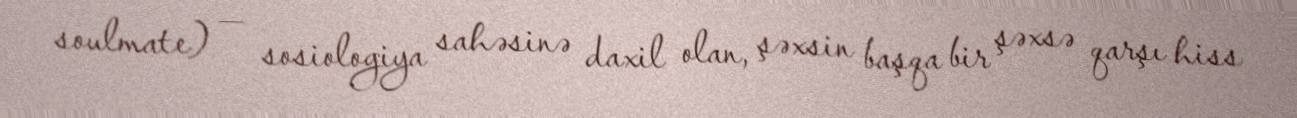
soulmate) — sosiologiya sahəsinə daxil olan, şəxsin başqa bir şəxsə qarşı hiss